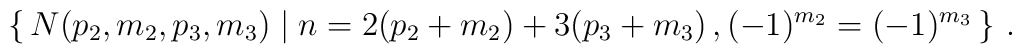
\left\{\,N(p_2,m_2,p_3,m_3)\mid n=2(p_2+m_2)+3(p_3+m_3)\,,(-1)^{m_2}=(-1)^{m_3}\,\right\}\,.